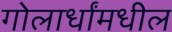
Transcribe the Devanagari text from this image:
गोलार्धांमधील